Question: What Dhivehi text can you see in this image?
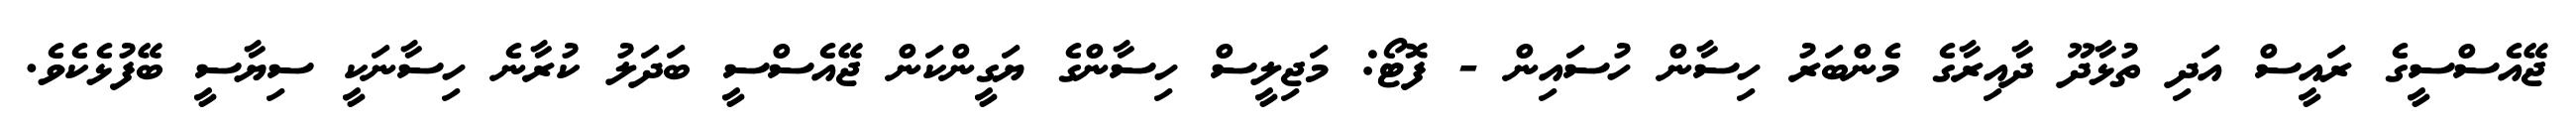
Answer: ޖޭއެސްސީގެ ރައީސް އަދި ތުޅާދޫ ދާއިރާގެ މެންބަރު ހިސާން ހުސައިން - ފޮޓޯ: މަޖިލީސް ހިސާންގެ ޔަގީންކަން ޖޭއެސްސީ ބަދަލު ކުރާނެ ހިސާނަކީ ސިޔާސީ ބޭފުޅެކެވެ.